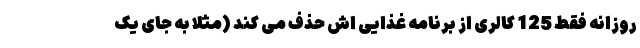
روزانه فقط 125 کالری از برنامه غذایی اش حذف می کند (مثلاً به جای یک